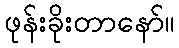
ဖုန်းခိုးတာနော်။